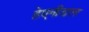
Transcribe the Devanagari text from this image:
हेएनीडल